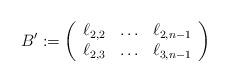
LaTeX: \begin{align*}B':=\left(\begin{array}{ccccccc}\ell_{2,2}&\ldots&\ell_{2,n-1}\\\ell_{2,3}&\ldots&\ell_{3,n-1}\end{array}\right)\end{align*}